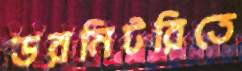
ডরমিটরিতে